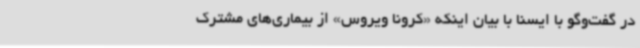
در گفت‌وگو با ایسنا با بیان اینکه «کرونا ویروس» از بیماری‌های مشترک